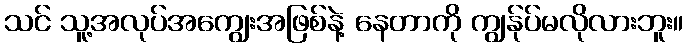
သင် သူ့အလုပ်အကျွေးအဖြစ်နဲ့ နေတာကို ကျွန်ုပ်မလိုလားဘူး။